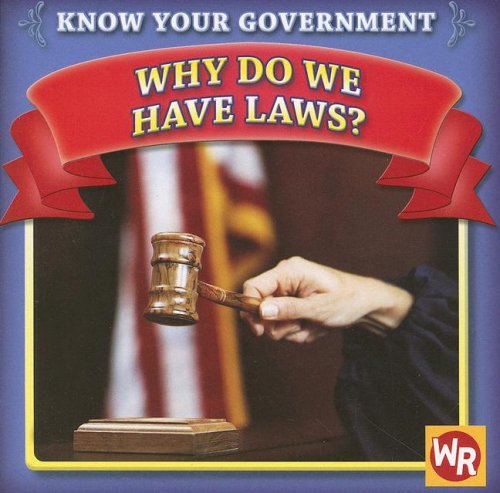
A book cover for Why Do We Have Laws? (Know Your Government); Jacqueline Laks Gorman; Children's Books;